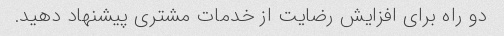
دو راه برای افزایش رضایت از خدمات مشتری پیشنهاد دهید.